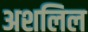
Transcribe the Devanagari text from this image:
अशलिल